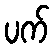
ပက်